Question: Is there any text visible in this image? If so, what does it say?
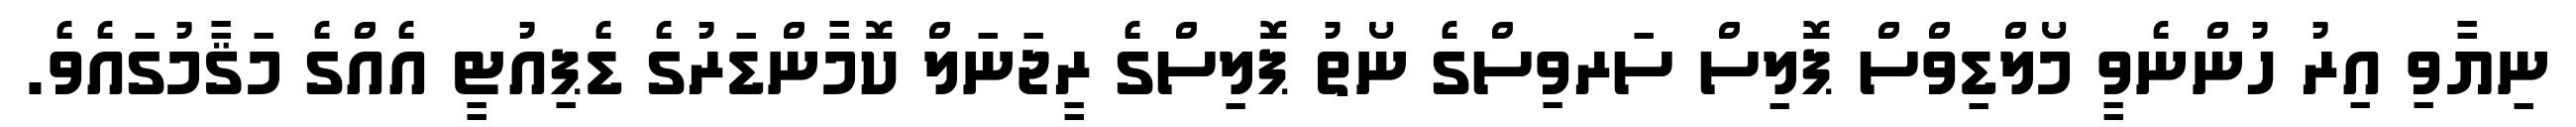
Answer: ނިޔާވި އިރު ހުންނެވީ މޯލްޑިވްސް ޕޮލިސް ސަރވިސްގެ ނޯތު ޕޮލިސްގެ ރީޖަނަލް ކޮމާންޑަރުގެ ޑެޕިއުޓީ އެއްގެ މަޤާމުގައެވެ.